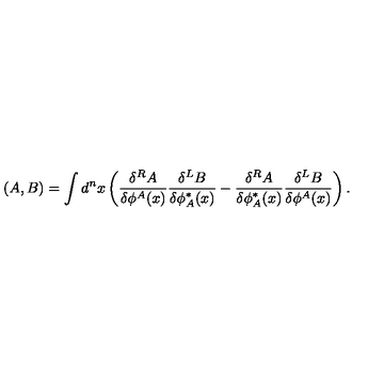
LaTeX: ( A , B ) = \int d ^ { n } x \left( \frac { \delta ^ { R } { A } } { \delta \phi ^ { A } ( x ) } \frac { \delta ^ { L } { B } } { \delta \phi _ { A } ^ { * } ( x ) } - \frac { \delta ^ { R } { A } } { \delta \phi _ { A } ^ { * } ( x ) } \frac { \delta ^ { L } { B } } { \delta \phi ^ { A } ( x ) } \right) .